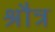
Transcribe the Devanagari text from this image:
श्रौत्र